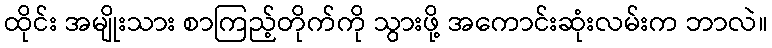
ထိုင်း အမျိုးသား စာကြည့်တိုက်ကို သွားဖို့ အကောင်းဆုံးလမ်းက ဘာလဲ။